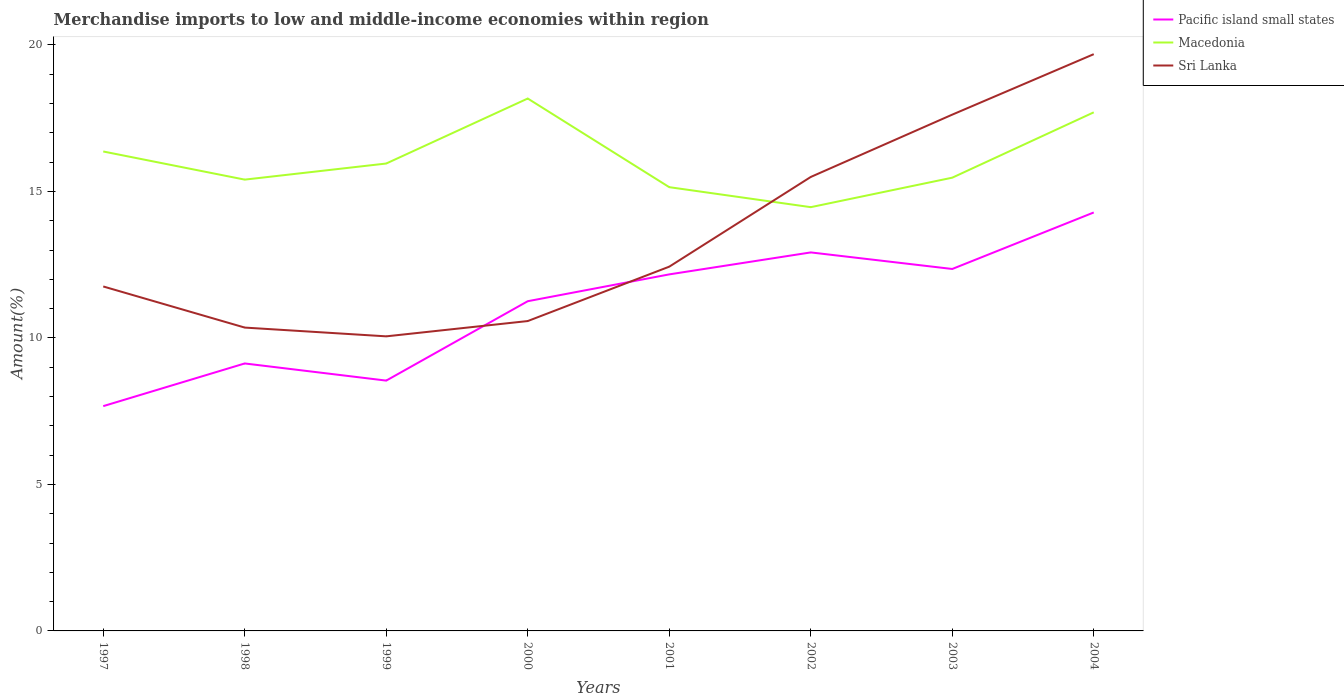
| Years | Pacific island small states | Macedonia | Sri Lanka |
 | --- | --- | --- | --- |
 | 1997 | 7.67 | 16.4 | 11.8 |
 | 1998 | 9.13 | 15.4 | 10.4 |
 | 1999 | 8.54 | 16 | 10.1 |
 | 2000 | 11.3 | 18.2 | 10.6 |
 | 2001 | 12.2 | 15.1 | 12.4 |
 | 2002 | 12.9 | 14.5 | 15.5 |
 | 2003 | 12.4 | 15.5 | 17.6 |
 | 2004 | 14.3 | 17.7 | 19.7 |